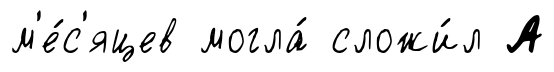
м'е́с'яцев могла́ сложи́л А